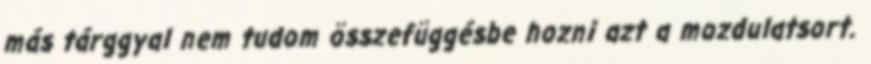
más tárggyal nem tudom összefüggésbe hozni azt a mozdulatsort.